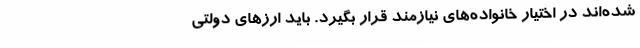
شده‌اند در اختیار خانواده‌های نیازمند قرار بگیرد. باید ارزهای دولتی